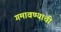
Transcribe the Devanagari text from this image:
गमावण्याची